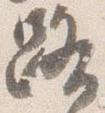
路